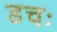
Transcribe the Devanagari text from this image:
डचः